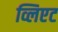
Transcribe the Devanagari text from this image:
व्लिएट